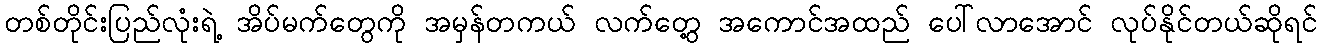
တစ်တိုင်းပြည်လုံးရဲ့ အိပ်မက်တွေကို အမှန်တကယ် လက်တွေ့ အကောင်အထည် ပေါ်လာအောင် လုပ်နိုင်တယ်ဆိုရင်